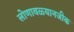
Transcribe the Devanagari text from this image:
लोणावळ्यानजीक